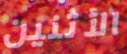
الأثنين